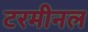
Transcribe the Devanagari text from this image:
टरमीनल